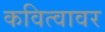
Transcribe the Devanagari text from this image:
कवित्वावर